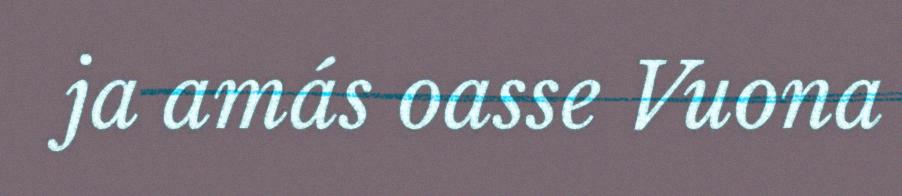
ja amás oasse Vuona